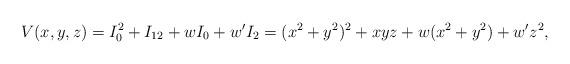
LaTeX: \begin{align*}V(x,y,z) = I_0^{2} + I_{12} + wI_0 + w'I_2 = (x^2+y^2)^2 + xyz +w(x^2+y^2) + w'z^2,\end{align*}